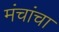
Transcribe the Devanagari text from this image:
मंचांचा